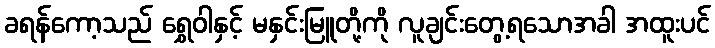
ခရန်ကော့သည် ရွှေဝါနှင့် မနှင်းမြူတို့ကို လူချင်းတွေ့ရသောအခါ အထူးပင်